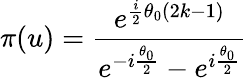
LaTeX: \pi(u)=\frac{e^{\frac{i}{2}\theta_{0}(2k-1)}}{e^{-i\frac{\theta_{0}}{2}}-e^{i\frac{\theta_{0}}{2}}}